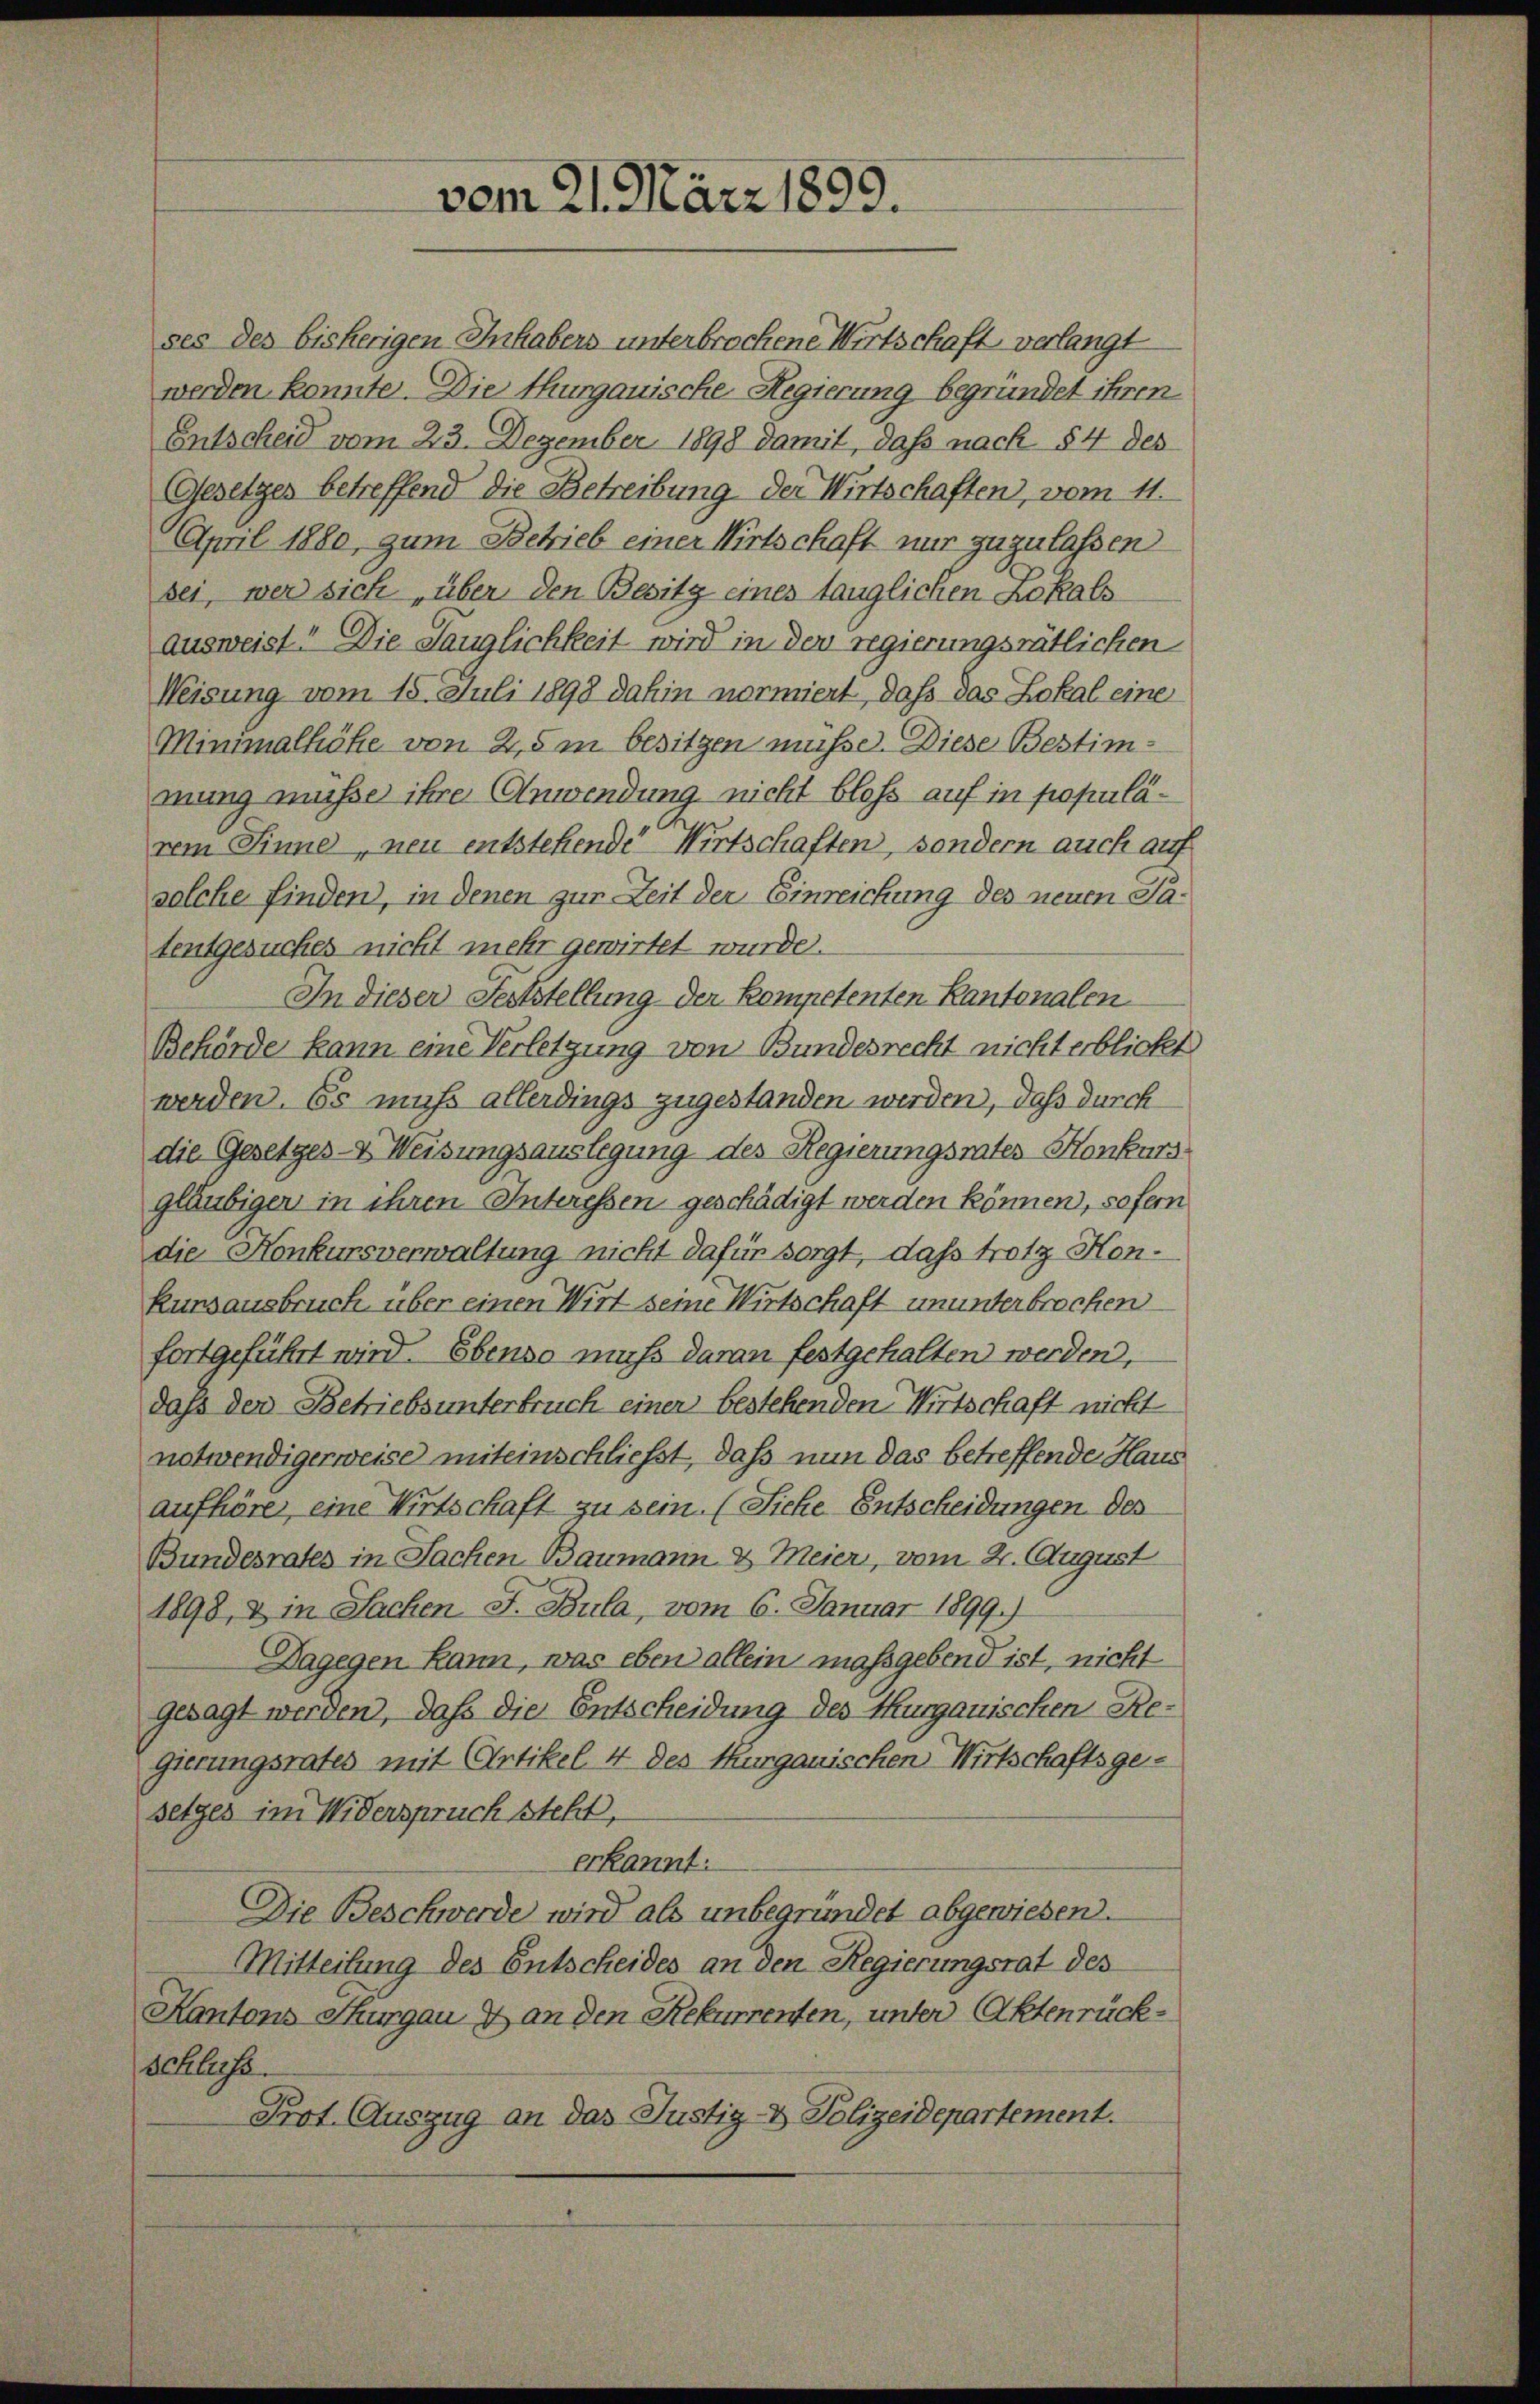
April 1880, zum Betrieb einer Wirtschaft nur zuzulassen
sei, wer sich über den Besitz eines tauglichen Lokals
ausweist! Die Tauglichkeit wird in der regierungsrätlichen
Weisung vom 15. Juli 1898 dahin normiert, daß das Lokal eine
Minimalhöhe von 2,5 m besitzen müsse. Diese Bestimmung müsse ihre Anwendung nicht bloß auf in populärem Sinne, neu entstehende Wirtschaften, sondern auch auf
solche finden, in denen zur Zeit der Einreichung des neuen Satentgesuches nicht mehr gewirtet wurde.
In dieser Feststellung der Kompetenten Kantonalen
Behörde kann eine Verletzung von Bundesrecht nicht erblickt
werden. Es muß allerdings zugestanden werden, daß durch
die Gesetzes-V Weisungsauslegung des Regierungsrates Konkurs
gläubiger in ihren Interessen geschädigt werden können, sofern
die Honkursverwaltung nicht dafür sorgt, daß trotz Hon¬
Runsausbruch über einen Wirt seine Wirtschaft ununterbrochen
fortgeführt wird. Ebenso muss daran festgehalten werden,
daß der Betriebsunterbruch einer bestehenden Wirtschaft nicht
notwendigerweise miteinschließt, daß nun das betreffende Haus
aufhöre, eine Wirtschaft zu sein. (Siche Entscheidungen des
Bundesrates in Sachen Baumann & Meier, vom 2. August
1898, & in Sachen J. Bula, vom 6. Januar 1899.)
Dagegen kann, was eben allein massgebend ist, nicht
gesagt werden, daß die Entscheidung des Thurgauischen Re-
gierungsrates mit Artikel 4 des Thurgauischen Wirtschaftsgesetzes im Widerspruch steht,
erkannt:
Die Beschwerde wird als unbegründet abgewiesen.
Mitteilung des Entscheides an den Regierungsrat des
Kantons Thurgau & an den Rekurrenten, unter Aktenrückschluss.
Prot. Auszug an das Justiz- & Polizeidepartement.

vom 21. März 1899.

ses des bisherigen Inhabers unterbrochene Wirtschaft verlangt
werden konnte. Die Thurgauische Regierung begründet ihren
Entscheid vom 23. Dezember 1898 damit, daß nach § 4 des
Gesetzes betreffend die Betreibung der Wirtschaften, vom 11.